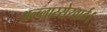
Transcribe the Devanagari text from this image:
अल्ब्लास्सेरवार्ड।